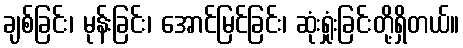
ချစ်ခြင်း၊ မုန်းခြင်း၊ အောင်မြင်ခြင်း၊ ဆုံးရှုံးခြင်းတို့ရှိတယ်။